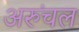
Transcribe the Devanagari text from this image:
अरुंचल